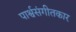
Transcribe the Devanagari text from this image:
पार्श्वसंगीतकार